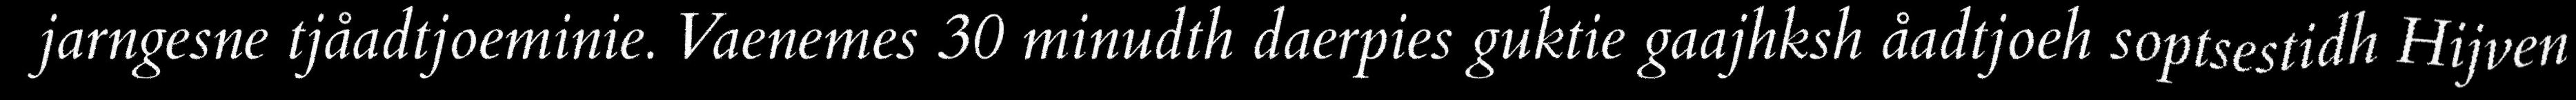
jarngesne tjåadtjoeminie. Vaenemes 30 minudth daerpies guktie gaajhksh åadtjoeh soptsestidh Hijven